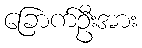
ခြောက်ဦးအား